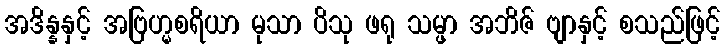
အဒိန္နနှင့် အဗြဟ္မစရိယာ မုသာ ပိသု ဖရု သမ္ဖာ အဘိဇ် ဗျာနှင့် စသည်ဖြင့်